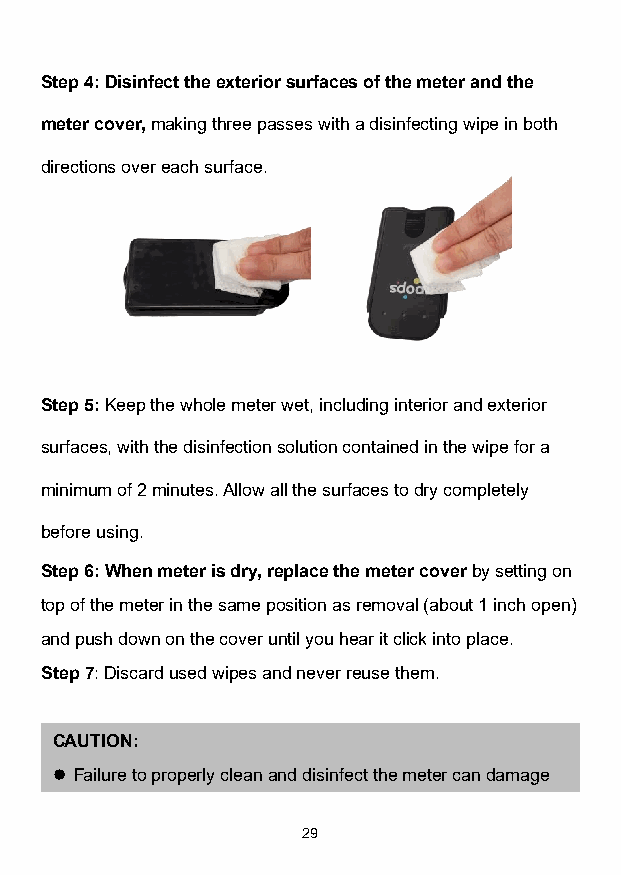
Step 4: Disinfect the exterior surfaces of the meter and the
 meter cover, making three passes with a disinfecting wipe in both
 directions over each surface.
 Step 5: Keep the whole meter wet, including interior and exterior
 surfaces, with the disinfection solution contained in the wipe for a
 minimum of 2 minutes. Allow all the surfaces to dry completely
 before using.
 Step 6: When meter is dry, replace the meter cover by setting on
 top of the meter in the same position as removal (about 1 inch open)
 and push down on the cover until you hear it click into place.
 Step 7: Discard used wipes and never reuse them.
 CAUTION:
 ⚫ Failure to properly clean and disinfect the meter can damage
 29